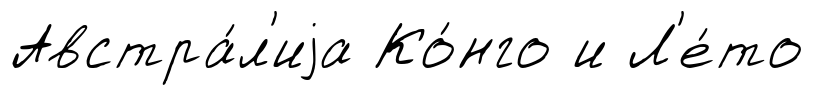
Австра́л'иjа Ко́нго и Л'е́то